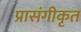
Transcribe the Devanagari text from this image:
प्रासंगीकृत